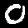
Label: 0